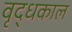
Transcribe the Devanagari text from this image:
वृद्धकाल